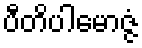
ပီတိပါမောဇ္ဇံ